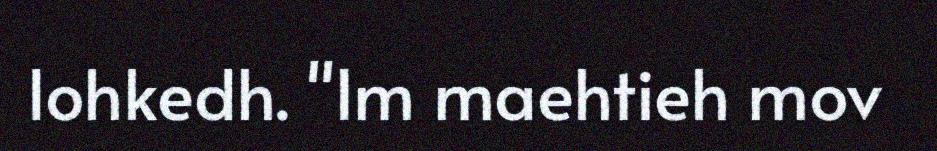
lohkedh. "Im maehtieh mov